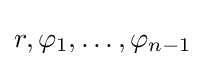
r,\varphi _{1},\ldots ,\varphi _{n-1}